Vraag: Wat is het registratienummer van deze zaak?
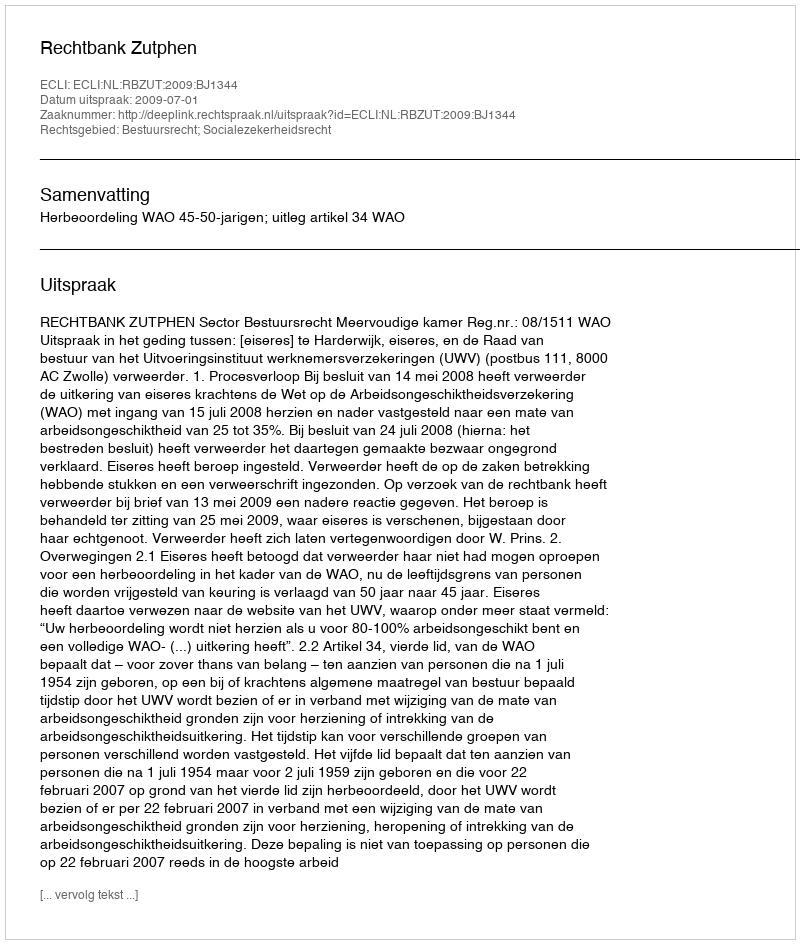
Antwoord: http://deeplink.rechtspraak.nl/uitspraak?id=ECLI:NL:RBZUT:2009:BJ1344